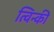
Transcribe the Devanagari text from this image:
त्विन्की